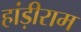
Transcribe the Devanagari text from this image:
हांड़ीराम